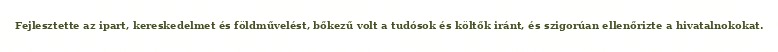
Fejlesztette az ipart, kereskedelmet és földművelést, bőkezű volt a tudósok és költők iránt, és szigorúan ellenőrizte a hivatalnokokat.